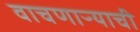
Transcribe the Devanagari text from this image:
वाचणाऱ्याची